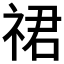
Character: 𬒽